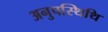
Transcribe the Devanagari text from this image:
अनुपस्थिथि